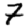
Digit: 7